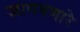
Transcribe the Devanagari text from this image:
जागवणारे